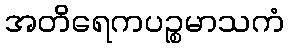
အတိရေကပဉ္စမာသကံ